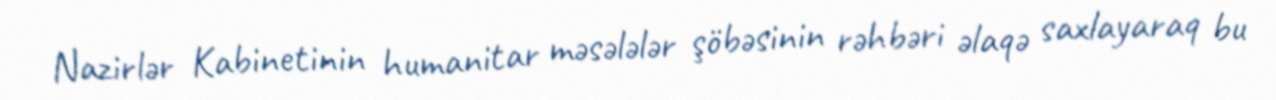
Nazirlər Kabinetinin humanitar məsələlər şöbəsinin rəhbəri əlaqə saxlayaraq bu